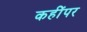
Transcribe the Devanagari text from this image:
कहींपर